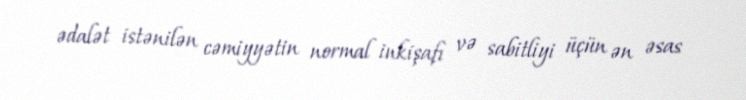
ədalət istənilən cəmiyyətin normal inkişafı və sabitliyi üçün ən əsas